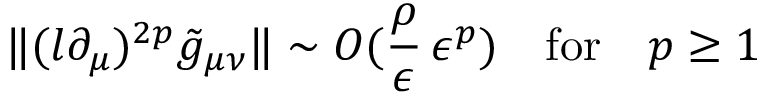
\| ( l \partial _ { \mu } ) ^ { 2 p } \tilde { g } _ { \mu \nu } \| \sim O ( \frac { \rho } { \epsilon } \, \epsilon ^ { p } ) \quad \mathrm { f o r } \quad p \ge 1